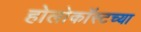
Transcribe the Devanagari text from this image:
होलोकॉस्टच्या